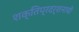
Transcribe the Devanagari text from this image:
शक्तिप्रदर्शनाची